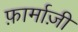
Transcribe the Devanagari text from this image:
फ़ार्माज़ी